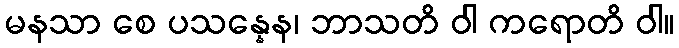
မနသာ စေ ပသန္နေန၊ ဘာသတိ ဝါ ကရောတိ ဝါ။